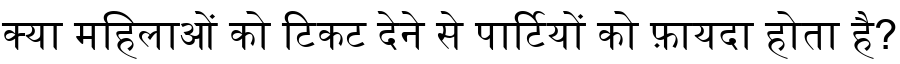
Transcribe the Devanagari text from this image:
क्या महिलाओं को टिकट देने से पार्टियों को फ़ायदा होता है?